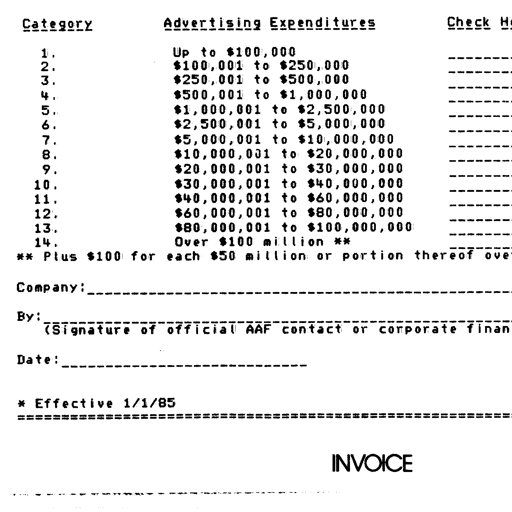
Category Advertising Expenditures Check H
1. Up to $100,000 ---------
2. $100,001 to $250,000 ---------
3. $250,001 to $500,000 ---------
4. $500,001 to $1,000,000 ---------
5. $1,000,001 to $2,500,000 ---------
6. $2,500,001 to $5,000,000 ---------
7. $5,000,001 to $10,000,000 ---------
8. $10,000,001 to $20,000,000 ---------
9. $20,000,001 to $30,000,000 ---------
10. $30,000,001 to $40,000,000 ---------
11. $40,000,001 to $60,000,000 ---------
12. $60,000,001 to $80,000,000 ---------
13. $80,000,001 to $100,000,000 ---------
14. Over $100 million ** ---------
** Plus $100 for each $50 million or portion thereof ove
Company: _____________________________________________________________________
By: ___________________________________________________________________________
(Signature of official AAF contact or corporate finan
Date: _________________________
* Effective 1/1/85
===============================================================================
INVOICE